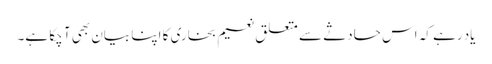
یاد رہے کہ اس حادثے سے متعلق نعیم بخاری کا اپنا بیان بھی آ چکا ہے۔